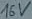
Text: 16V